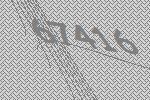
67416